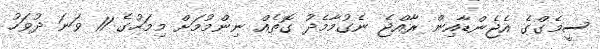
ސީމެގްގެ އެޖެންޑާއިން ރާއްޖެ ނެގުމާމެދު ގޮތެއް ނިންމުމަށް މިމަހުގެ 11 ވަނަ ދުވަހު